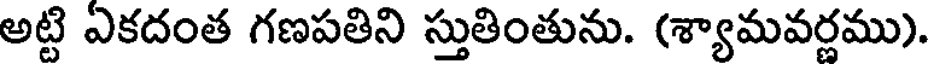
అట్టి ఏకదంత గణపతిని స్తుతింతును. (శ్యామవర్ణము).